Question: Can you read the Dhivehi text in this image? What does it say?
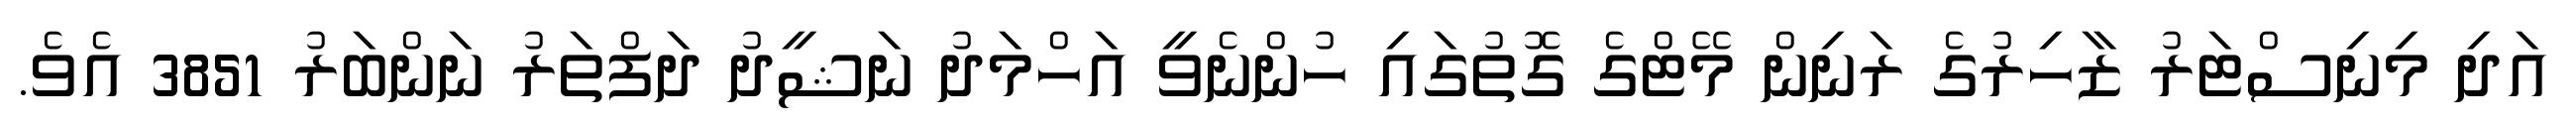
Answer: އަދި މިނިސްޓަރު ޒާހިރުގެ ރަނިން މޭޓްގެ ގޮތުގައި ހުންނެވީ އަހްމަދު ނަޝީދު ދަފްތަރު ނަންބަރު 3851 އެވެ.